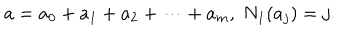
a = a _ { 0 } + a _ { 1 } + a _ { 2 } + \dots + a _ { m } , \; N _ { 1 } ( a _ { j } ) = j .